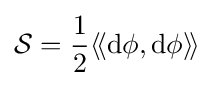
{\mathcal {S}}={\frac {1}{2}}\langle \!\langle \mathrm {d} \phi ,\mathrm {d} \phi \rangle \!\rangle